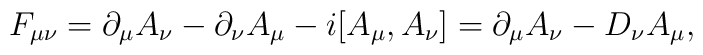
F_{\mu\nu}= \partial_\mu A_\nu -\partial_\nu A_\mu - i[A_\mu,A_\nu] =\partial_\mu A_\nu - D_\nu A_\mu,